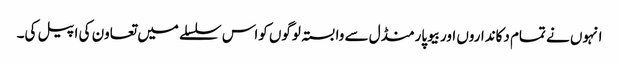
انہوں نے تمام دکانداروں اوربیوپارمنڈل سے وابستہ لوگوں کواس سلسلے میں تعاون کی اپیل کی۔